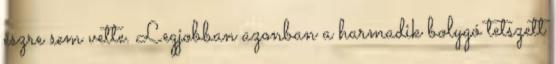
észre sem vette. Legjobban azonban a harmadik bolygó tetszett